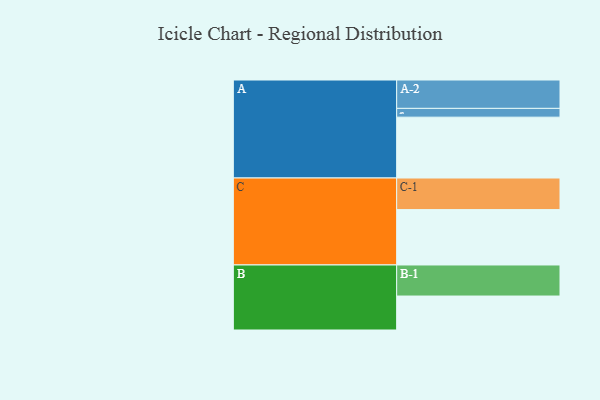
{"axis": {"x": "Segment", "y": "Value"}, "legend": ["", "A", "B", "C"], "data": [{"x": "A", "y": 568, "type": ""}, {"x": "B", "y": 317, "type": ""}, {"x": "C", "y": 517, "type": ""}, {"x": "A-1", "y": 82, "type": "A"}, {"x": "A-2", "y": 265, "type": "A"}, {"x": "B-1", "y": 290, "type": "B"}, {"x": "C-1", "y": 295, "type": "C"}]}